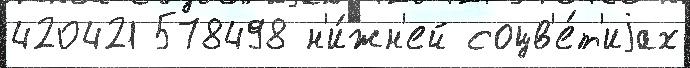
420421 578498 н'и́жн'ей соцв'е́т'иjах